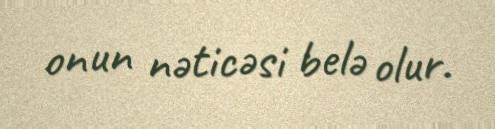
onun nəticəsi belə olur.